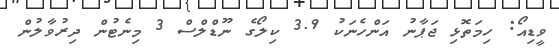
ވީޑިއޯ: ހިމަތޮޅި ޖަޕާނު އަންހެނަކު 3.9 ކިލޯގެ ނޫޑްލްސް 3 މިނެޓުން ދިރުވާލުން